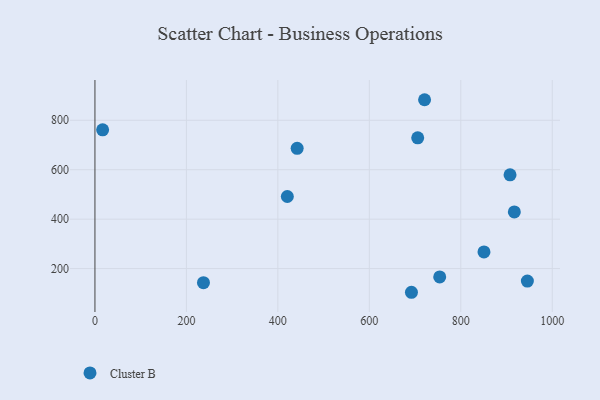
{"axis": {"x": "Engine Size", "y": "Rating"}, "legend": ["Cluster B"], "data": [{"x": "720.8", "y": 883.2, "type": "Cluster B"}, {"x": "907.7", "y": 579.4, "type": "Cluster B"}, {"x": "16.8", "y": 761.6, "type": "Cluster B"}, {"x": "692.1", "y": 104.1, "type": "Cluster B"}, {"x": "753.9", "y": 166.2, "type": "Cluster B"}, {"x": "420.7", "y": 491.6, "type": "Cluster B"}, {"x": "917.1", "y": 429.4, "type": "Cluster B"}, {"x": "850.7", "y": 267.2, "type": "Cluster B"}, {"x": "442.2", "y": 686.4, "type": "Cluster B"}, {"x": "945.6", "y": 149.4, "type": "Cluster B"}, {"x": "705.8", "y": 729.1, "type": "Cluster B"}, {"x": "237.3", "y": 143.1, "type": "Cluster B"}]}